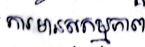
ការមានសកម្មភាព